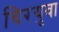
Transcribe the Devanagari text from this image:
चिरयुवा